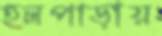
হলপাড়ায়